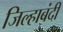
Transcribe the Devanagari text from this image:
जिल्हाबंदी